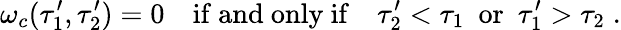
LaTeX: \omega_{c}(\tau_{1}^{\prime},\tau_{2}^{\prime})=0~~~~\mathrm{if~and~only~if}~~~~\tau_{2}^{\prime}<\tau_{1}~~\mathrm{or}~~\tau_{1}^{\prime}>\tau_{2}\; .